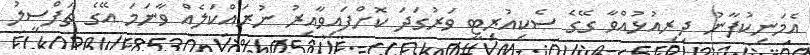
އެމަނިކުފާނު ދިރިއުޅުއްވާ ގޭގެ ސެކިއުރިޓީ ވަރުގަދަ ކޮށްފައިވާއިރު ނުރައްކަލެއް ވާނަމަ އޭގެ ތަފްސީލު